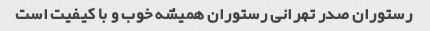
رستوران صدر تهرانی رستوران همیشه خوب و با کیفیت است